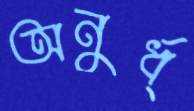
অনুর্ধ্